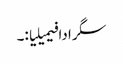
سگرادا فیمیلیا:۔